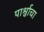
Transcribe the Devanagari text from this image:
पार्श्वाचा